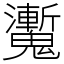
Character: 魙